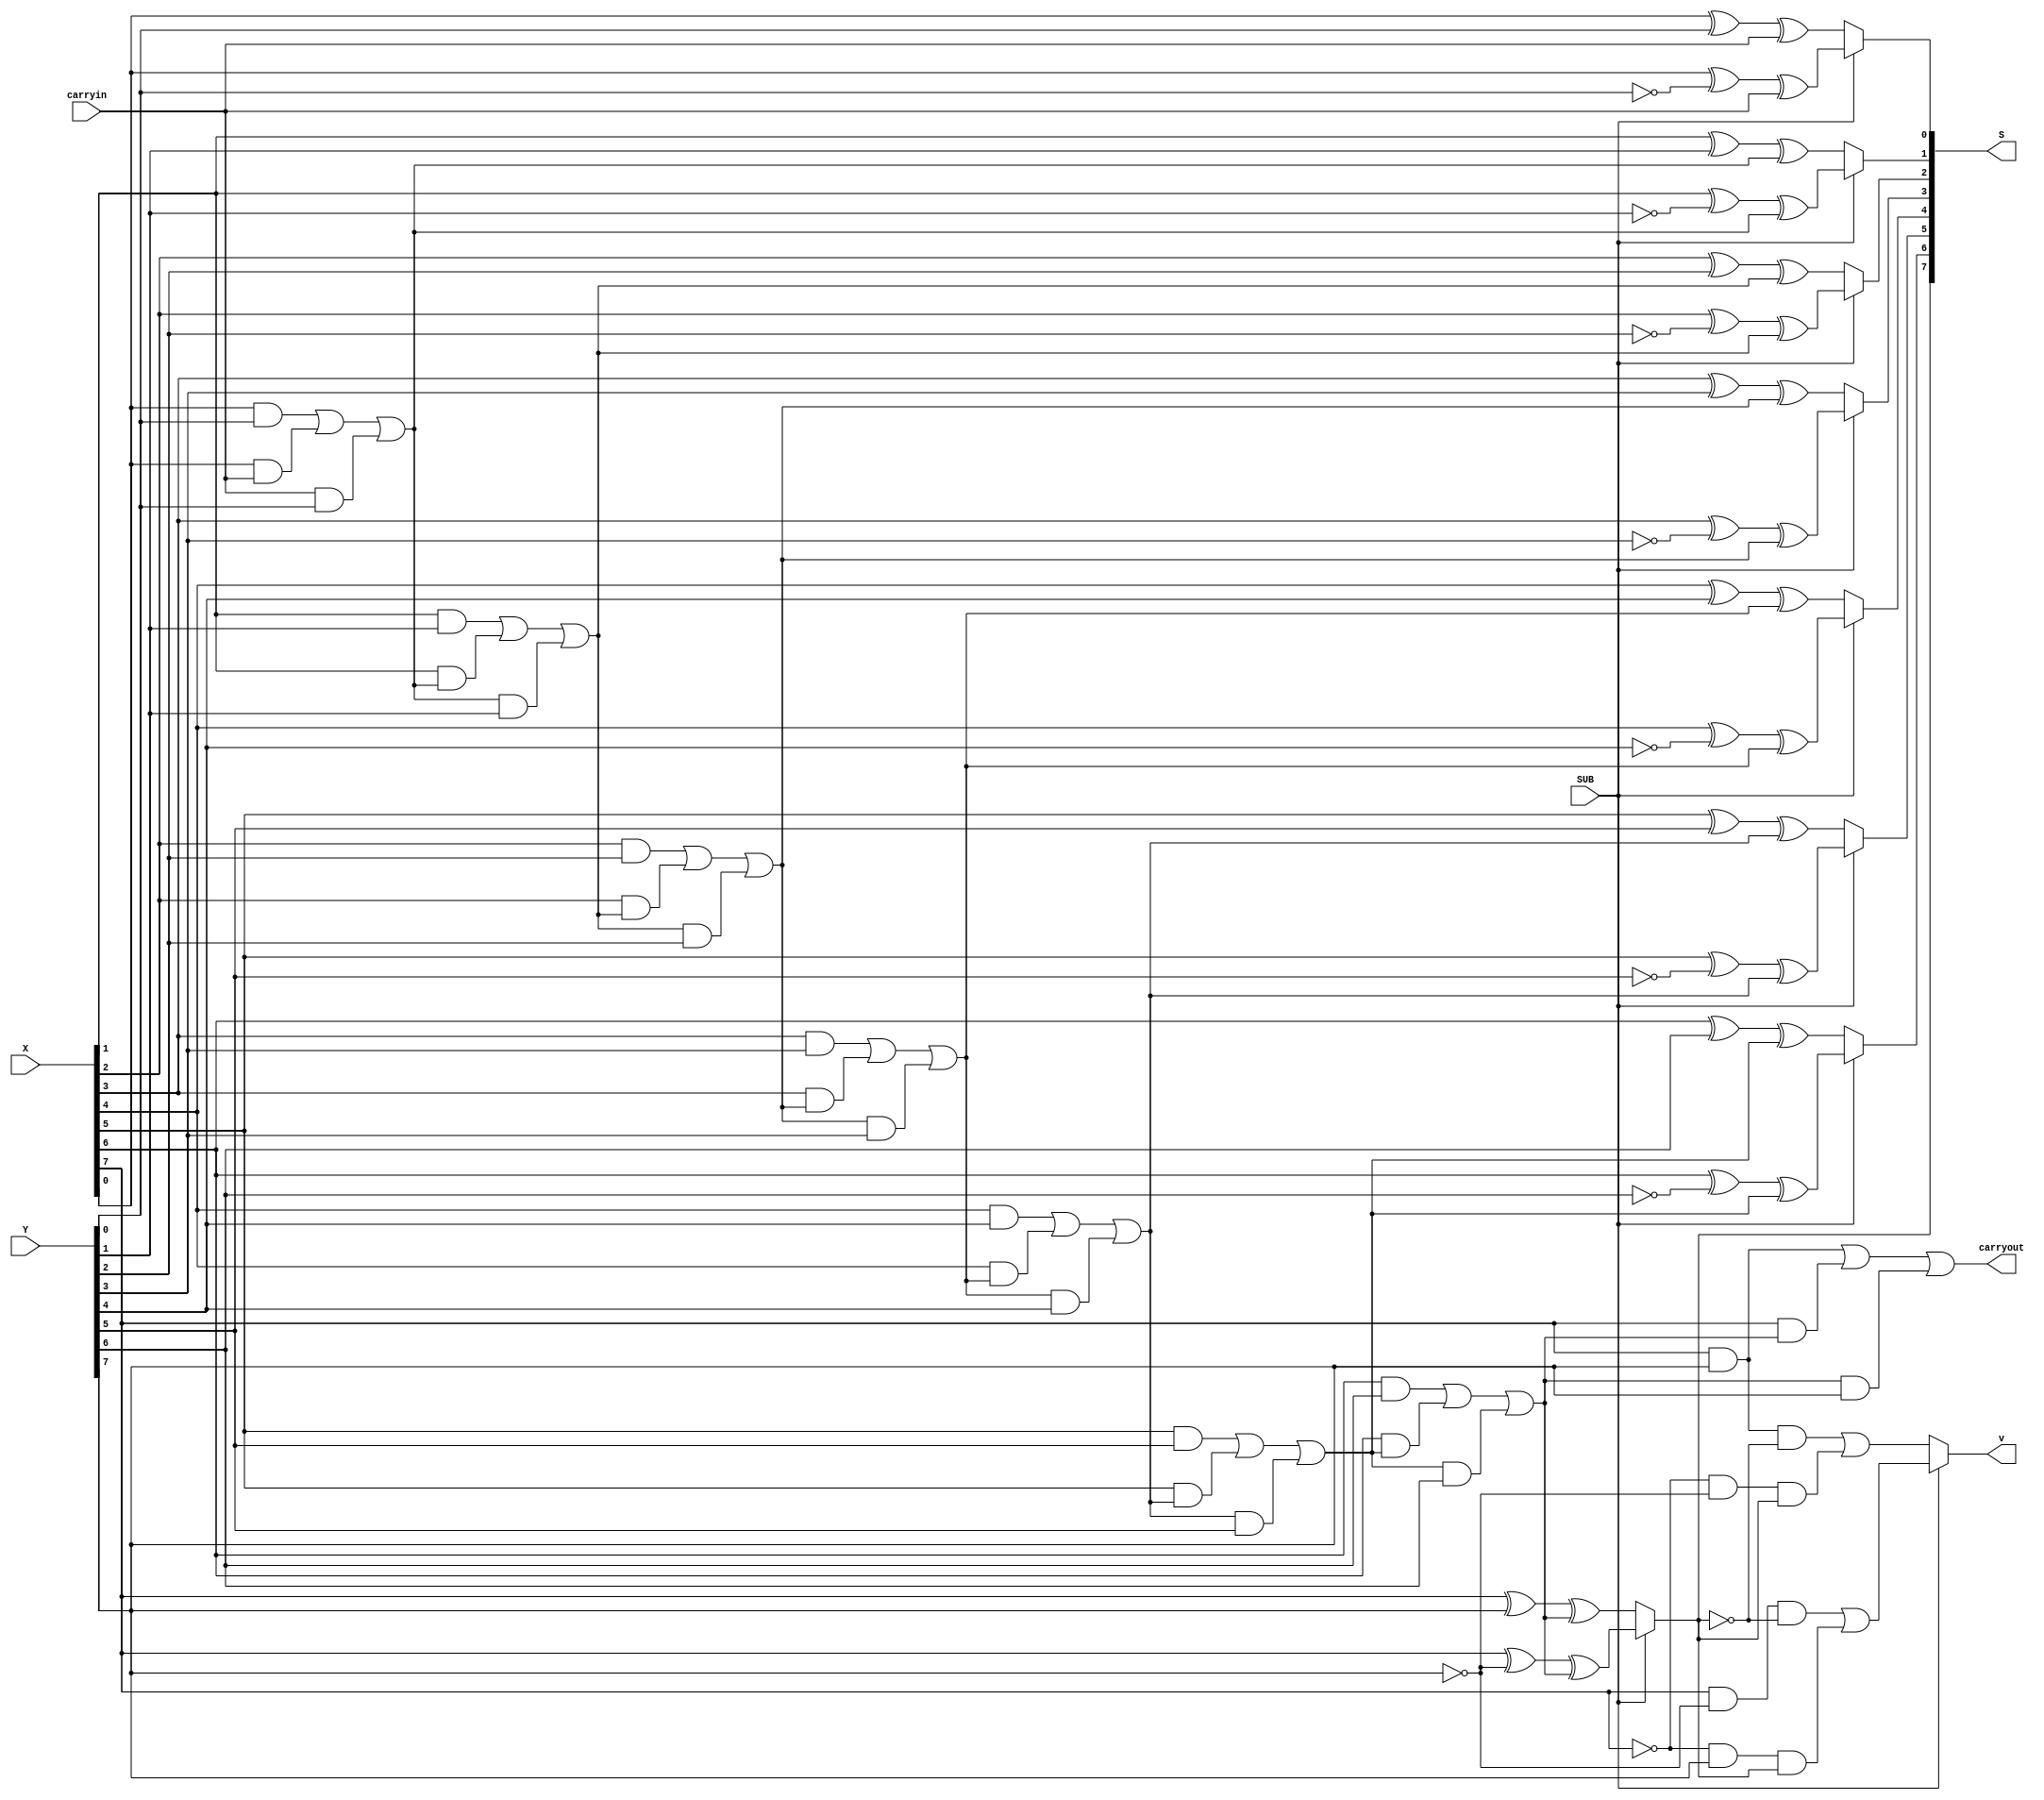
module adder_subtractor #(parameter n =8)(carryin,SUB, X, Y, S, carryout,v);
    input carryin, SUB;
    input [n-1:0] X, Y;
    output reg [n-1:0] S;
    output reg carryout,v;
    reg [n:0] C;
    integer k;

    always @(X,Y,carryin)
    begin
        C[0] = carryin;
        for (k=0; k<n; k=k+1)
        begin

            if (SUB)
                S[k]=X[k]^(~Y[k])^C[k];
            else
                S[k]=X[k]^Y[k]^C[k];
            C[k+1] = (X[k]&Y[k])|(X[k]&C[k])|(C[k]&Y[k]);
        end
        carryout = C[n];
        if (SUB) 
            v = (X[n-1] & ~Y[n-1] & ~S[n-1]) | (~X[n-1] & Y[n-1] & S[n-1]);
        else 
            v = (X[n-1] & Y[n-1] & ~S[n-1]) | (~X[n-1] & ~Y[n-1] & S[n-1]);
    end
endmodule